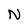
Character: N